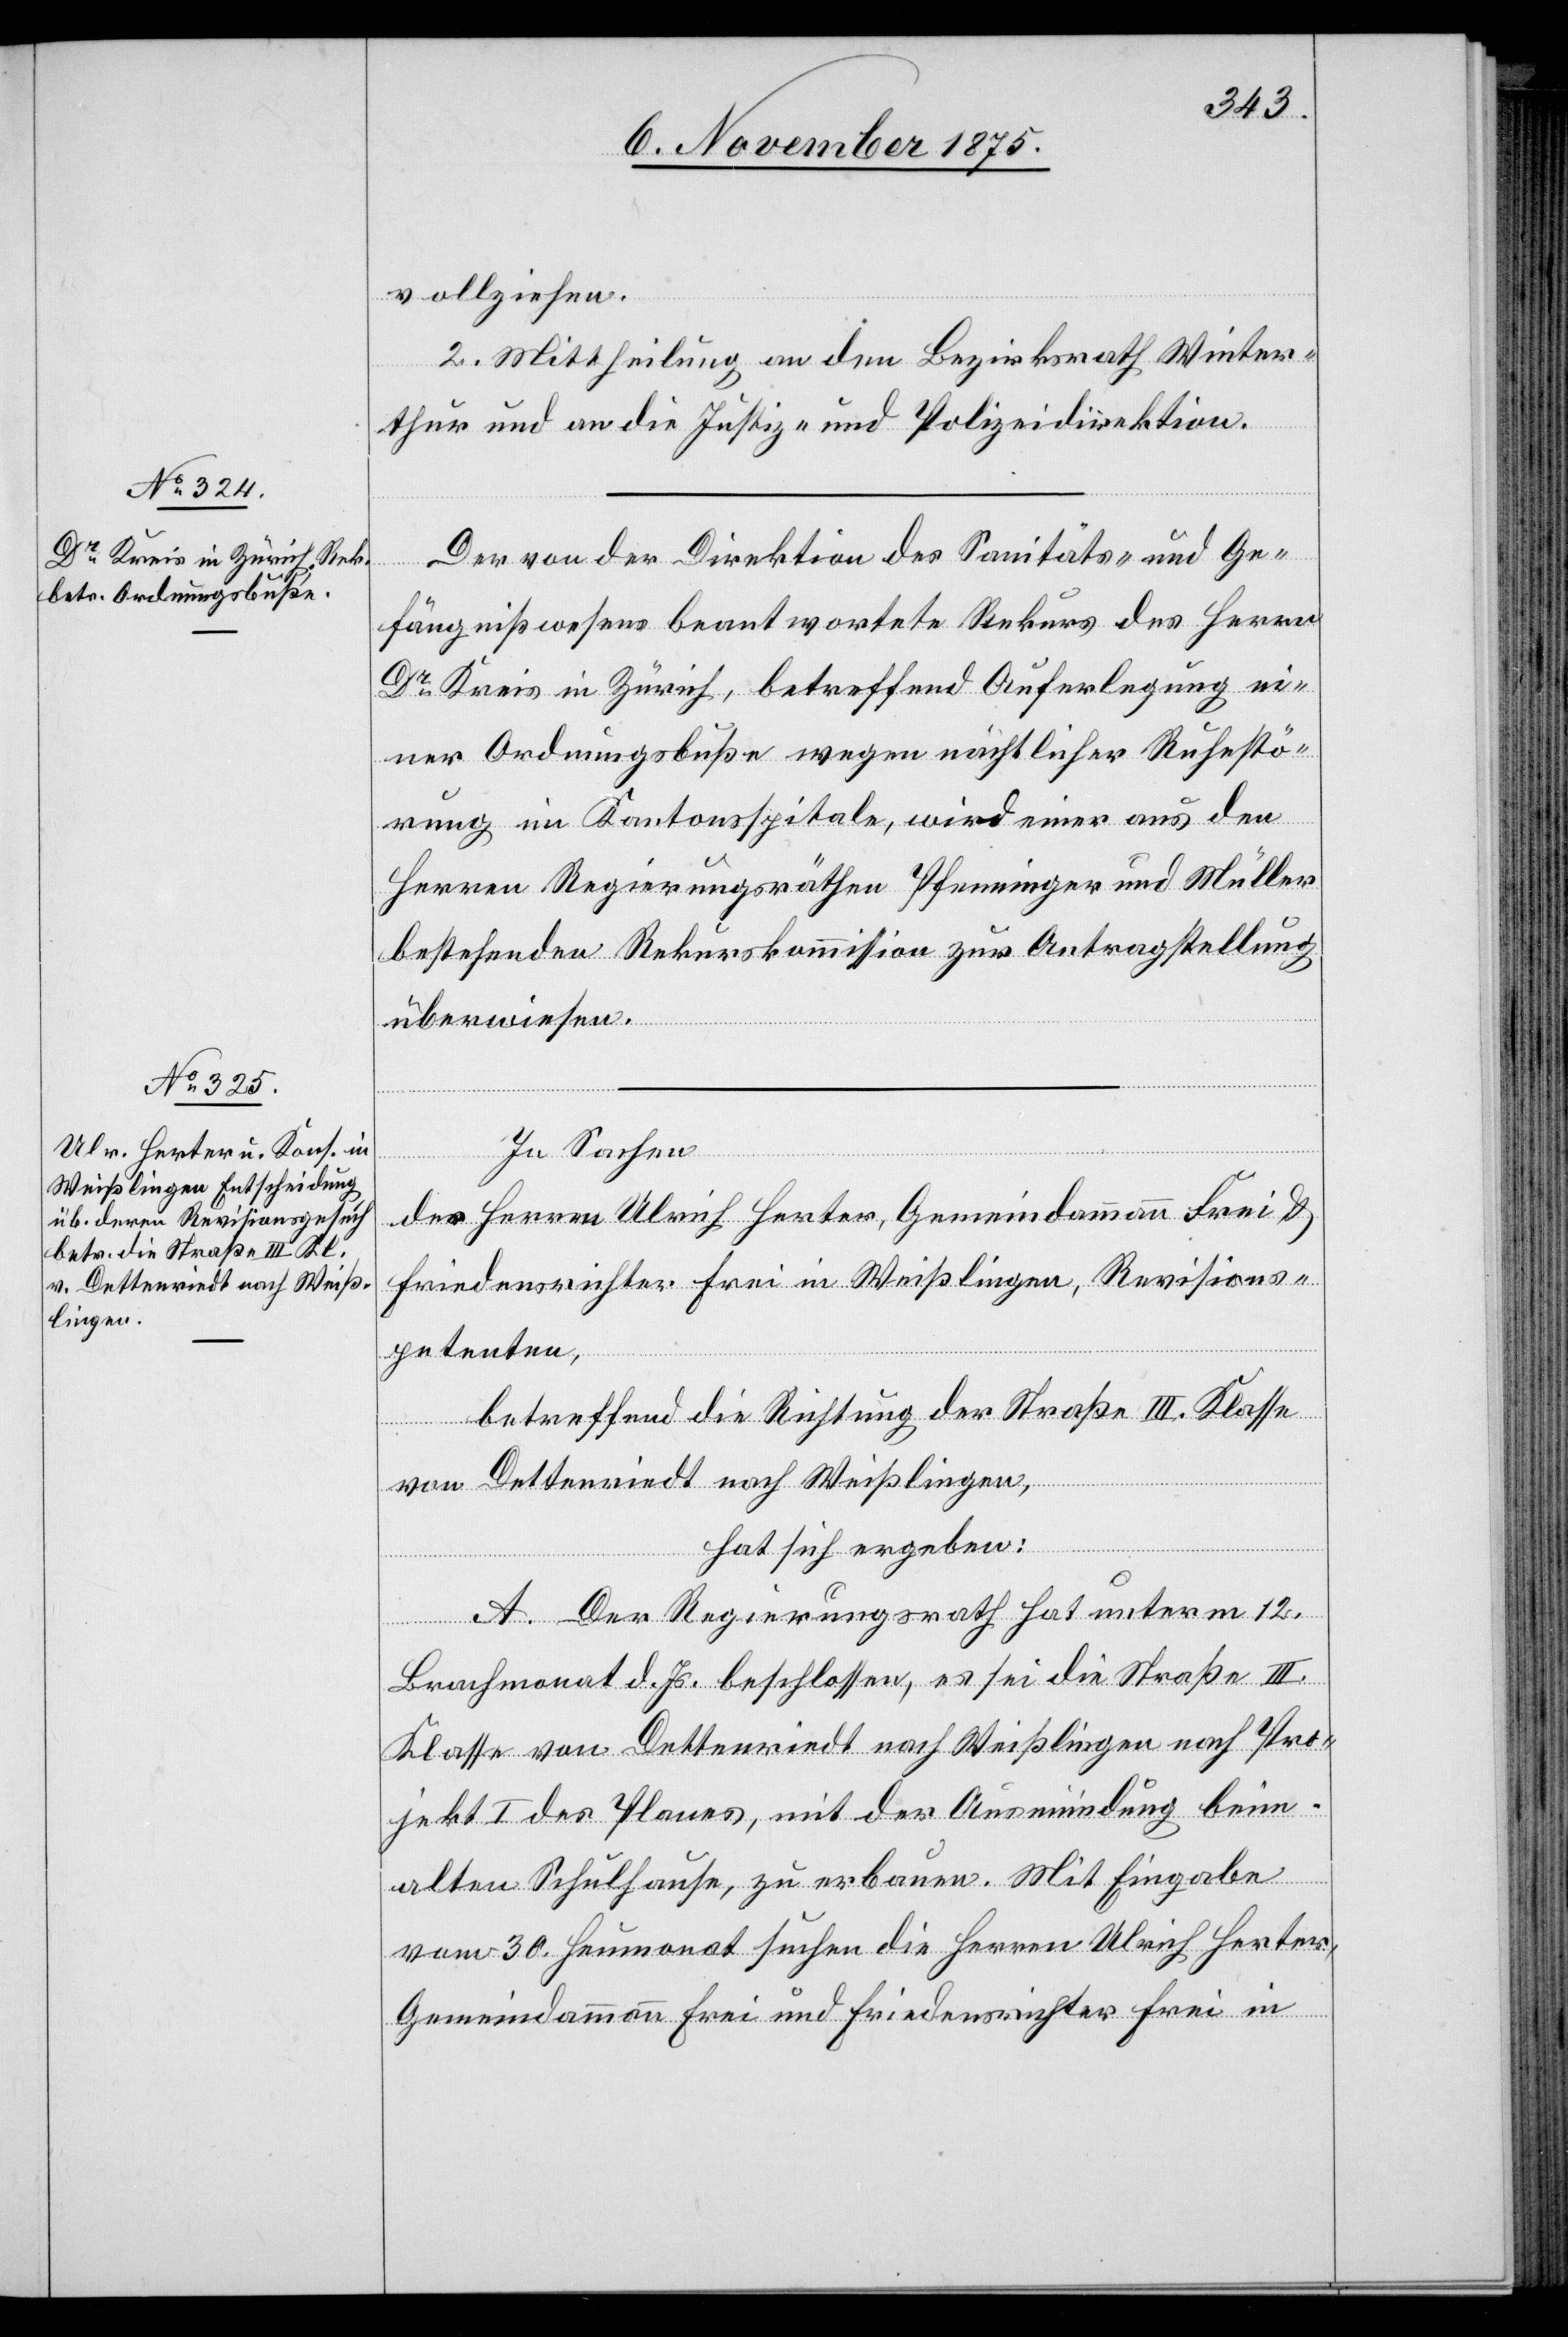
vollziehen.
2. Mittheilung an den Bezirksrath Winter¬
thur und an die Justiz- und Polizeidirektion.
Der von der Direktion des Sanitäts- und Ge¬
fängnißwesens beantwortete Rekurs des Herrn
Dr Kreis in Zürich, betreffend Auferlegung ei¬
ner Ordnungsbuße wegen nächtlicher Ruhestö¬
rung im Kantonsspitale, wird einer aus den
Herren Regierungsräthen Pfenninger und Müller
bestehenden Rekurskommission zur Antragstellung
überwiesen.
In Sachen
der Herren Ulrich Herter, Gemeindammann Frei &
Friedensrichter Frei in Weißlingen, Revisions¬
petenten,
betreffend die Richtung der Straße III. Klasse
von Dettenriedt nach Weißlingen,
hat sich ergeben:
A. Der Regierungsrath hat unterm 12.
Brachmonat d. Js. beschlossen, es sei die Straße III.
Klasse von Dettenriedt nach Weißlingen nach Pro¬
jekt I des Planes, mit der Ausmündung beim
alten Schulhause, zu erbauen. Mit Eingabe
vom 30. Heumonat suchen die Herren Ulrich Herter,
Gemeindammann Frei und Friedensrichter Frei in